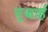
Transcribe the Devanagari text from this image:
पूजार्ह